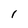
Character: 1